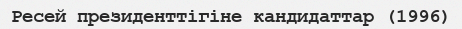
Ресей президенттігіне кандидаттар (1996)